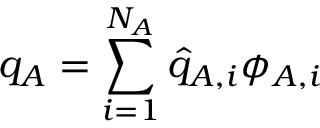
q _ { A } = \sum _ { i = 1 } ^ { N _ { A } } \widehat { q } _ { A , i } \phi _ { A , i }